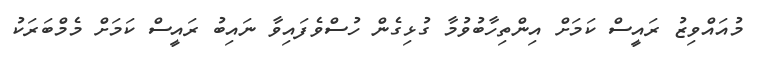
މުއައްވިޒު ރައީސް ކަމަށް އިންތިހާބުވުމާ ގުޅިގެން ހުސްވެފައިވާ ނައިބު ރައީސް ކަމަށް މެމްބަރަކު